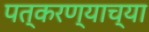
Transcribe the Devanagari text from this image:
पत्करण्याच्या